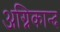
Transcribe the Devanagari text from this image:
अग्निकान्द